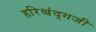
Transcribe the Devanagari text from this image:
हरिश्चंद्गजी